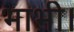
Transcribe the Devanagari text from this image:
भाभी।